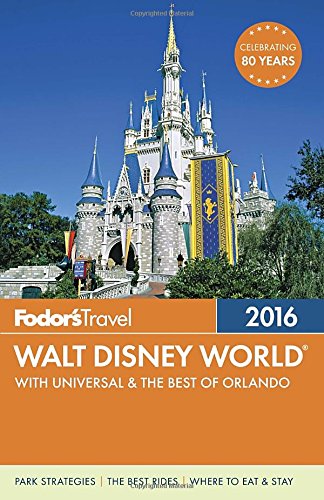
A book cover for Fodor's Walt Disney World 2016: With Universal & the Best of Orlando (Full-color Travel Guide); Fodor's; Travel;